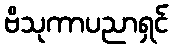
ဗိသုကာပညာရှင်